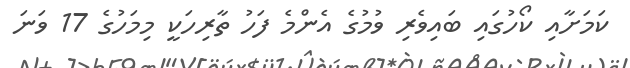
ކަމަށާއި ކޯހުގައި ބައިވެރި ވުމުގެ އެންމެ ފަހު ތާރިހަކީ މިމަހުގެ 17 ވަނަ